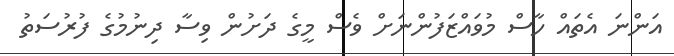
އަންނަ އެތައް ހާސް މުވައްޒަފުންނަށް ވެސް މީގެ ދަށުން ވިސާ ދިނުމުގެ ފުރުސަތު